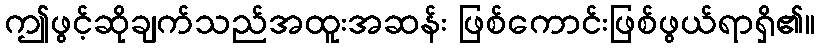
ဤဖွင့်ဆိုချက်သည်အထူးအဆန်း ဖြစ်ကောင်းဖြစ်ဖွယ်ရာရှိ၏။